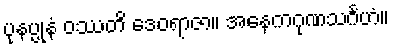
ပုနပ္ပုနံ ဝဿတိ ဒေဝရာဇာ။ အနေကဂုဏသင်္ဂဟံ။